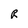
Character: R